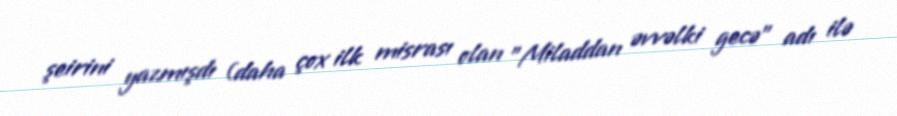
şeirini yazmışdı (daha çox ilk misrası olan "Miladdan əvvəlki gecə" adı ilə